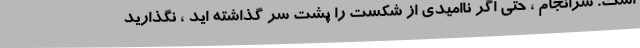
است. سرانجام ، حتی اگر ناامیدی از شکست را پشت سر گذاشته اید ، نگذارید